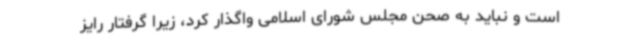
است و نباید به صحن مجلس شورای اسلامی واگذار کرد، زیرا گرفتار رایز